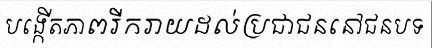
បង្កើតភាពរីករាយដល់ប្រជាជននៅជនបទ